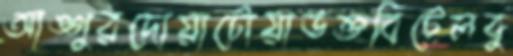
আঙ্গুরদোয়াটোয়াভক্তবিটেলবু